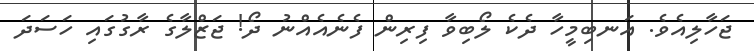
ޖަހާލިއެވެ. އަނބިމީހާ ދެކެ ލޯބިވާ ފިރިން ފެނެއެއްނު ދޯ! ޖަޒްލާގެ ރާގުގައި ހަސަދަ